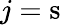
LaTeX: j=\mathrm{s}